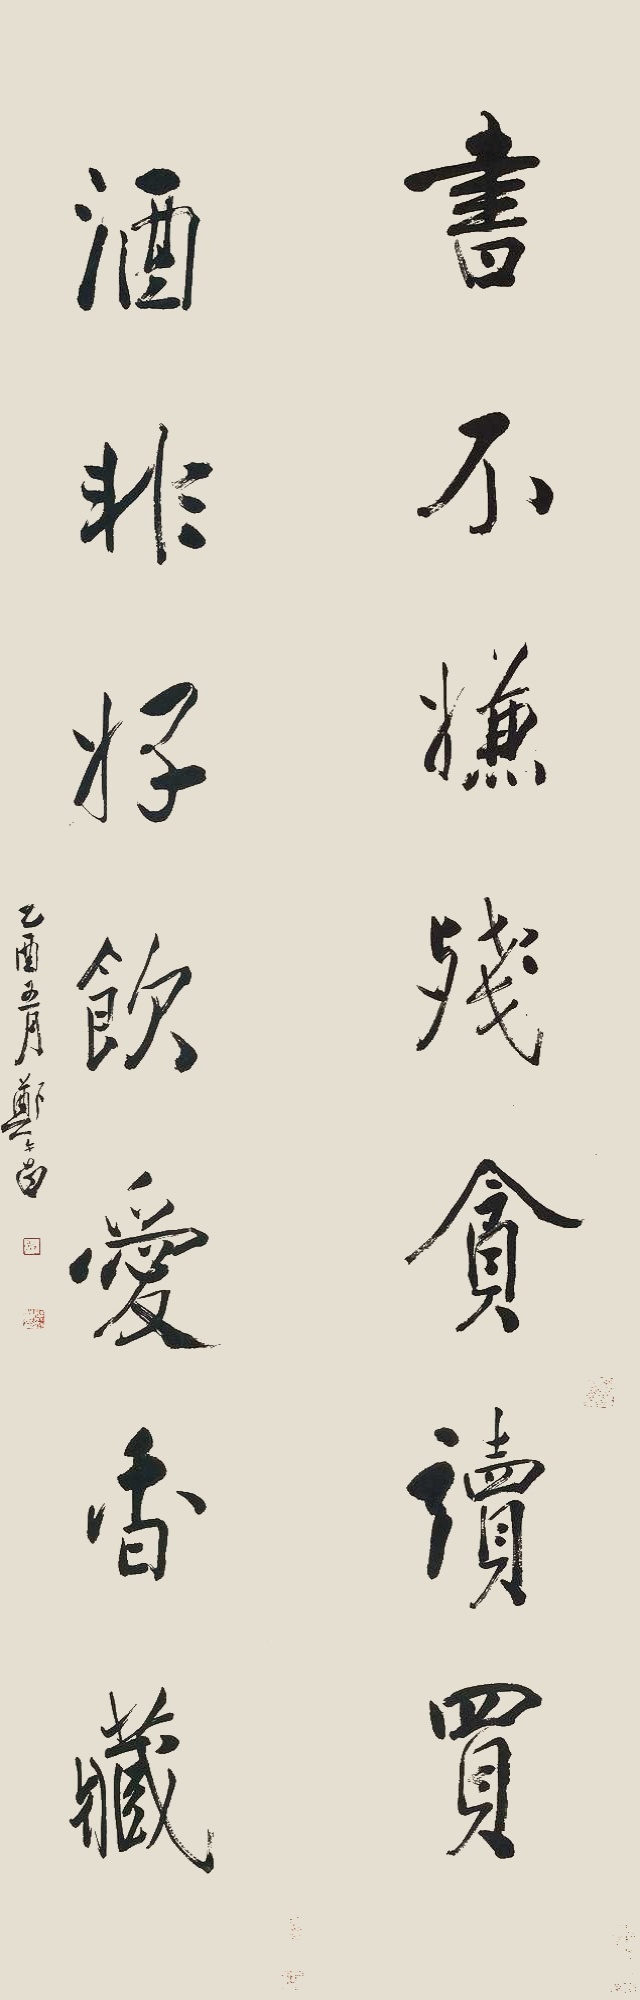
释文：书不嫌残贪读买，酒非好饮爱香藏。乙酉五月，郑午昌。